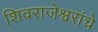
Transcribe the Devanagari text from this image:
शिवराजेश्वरांचे